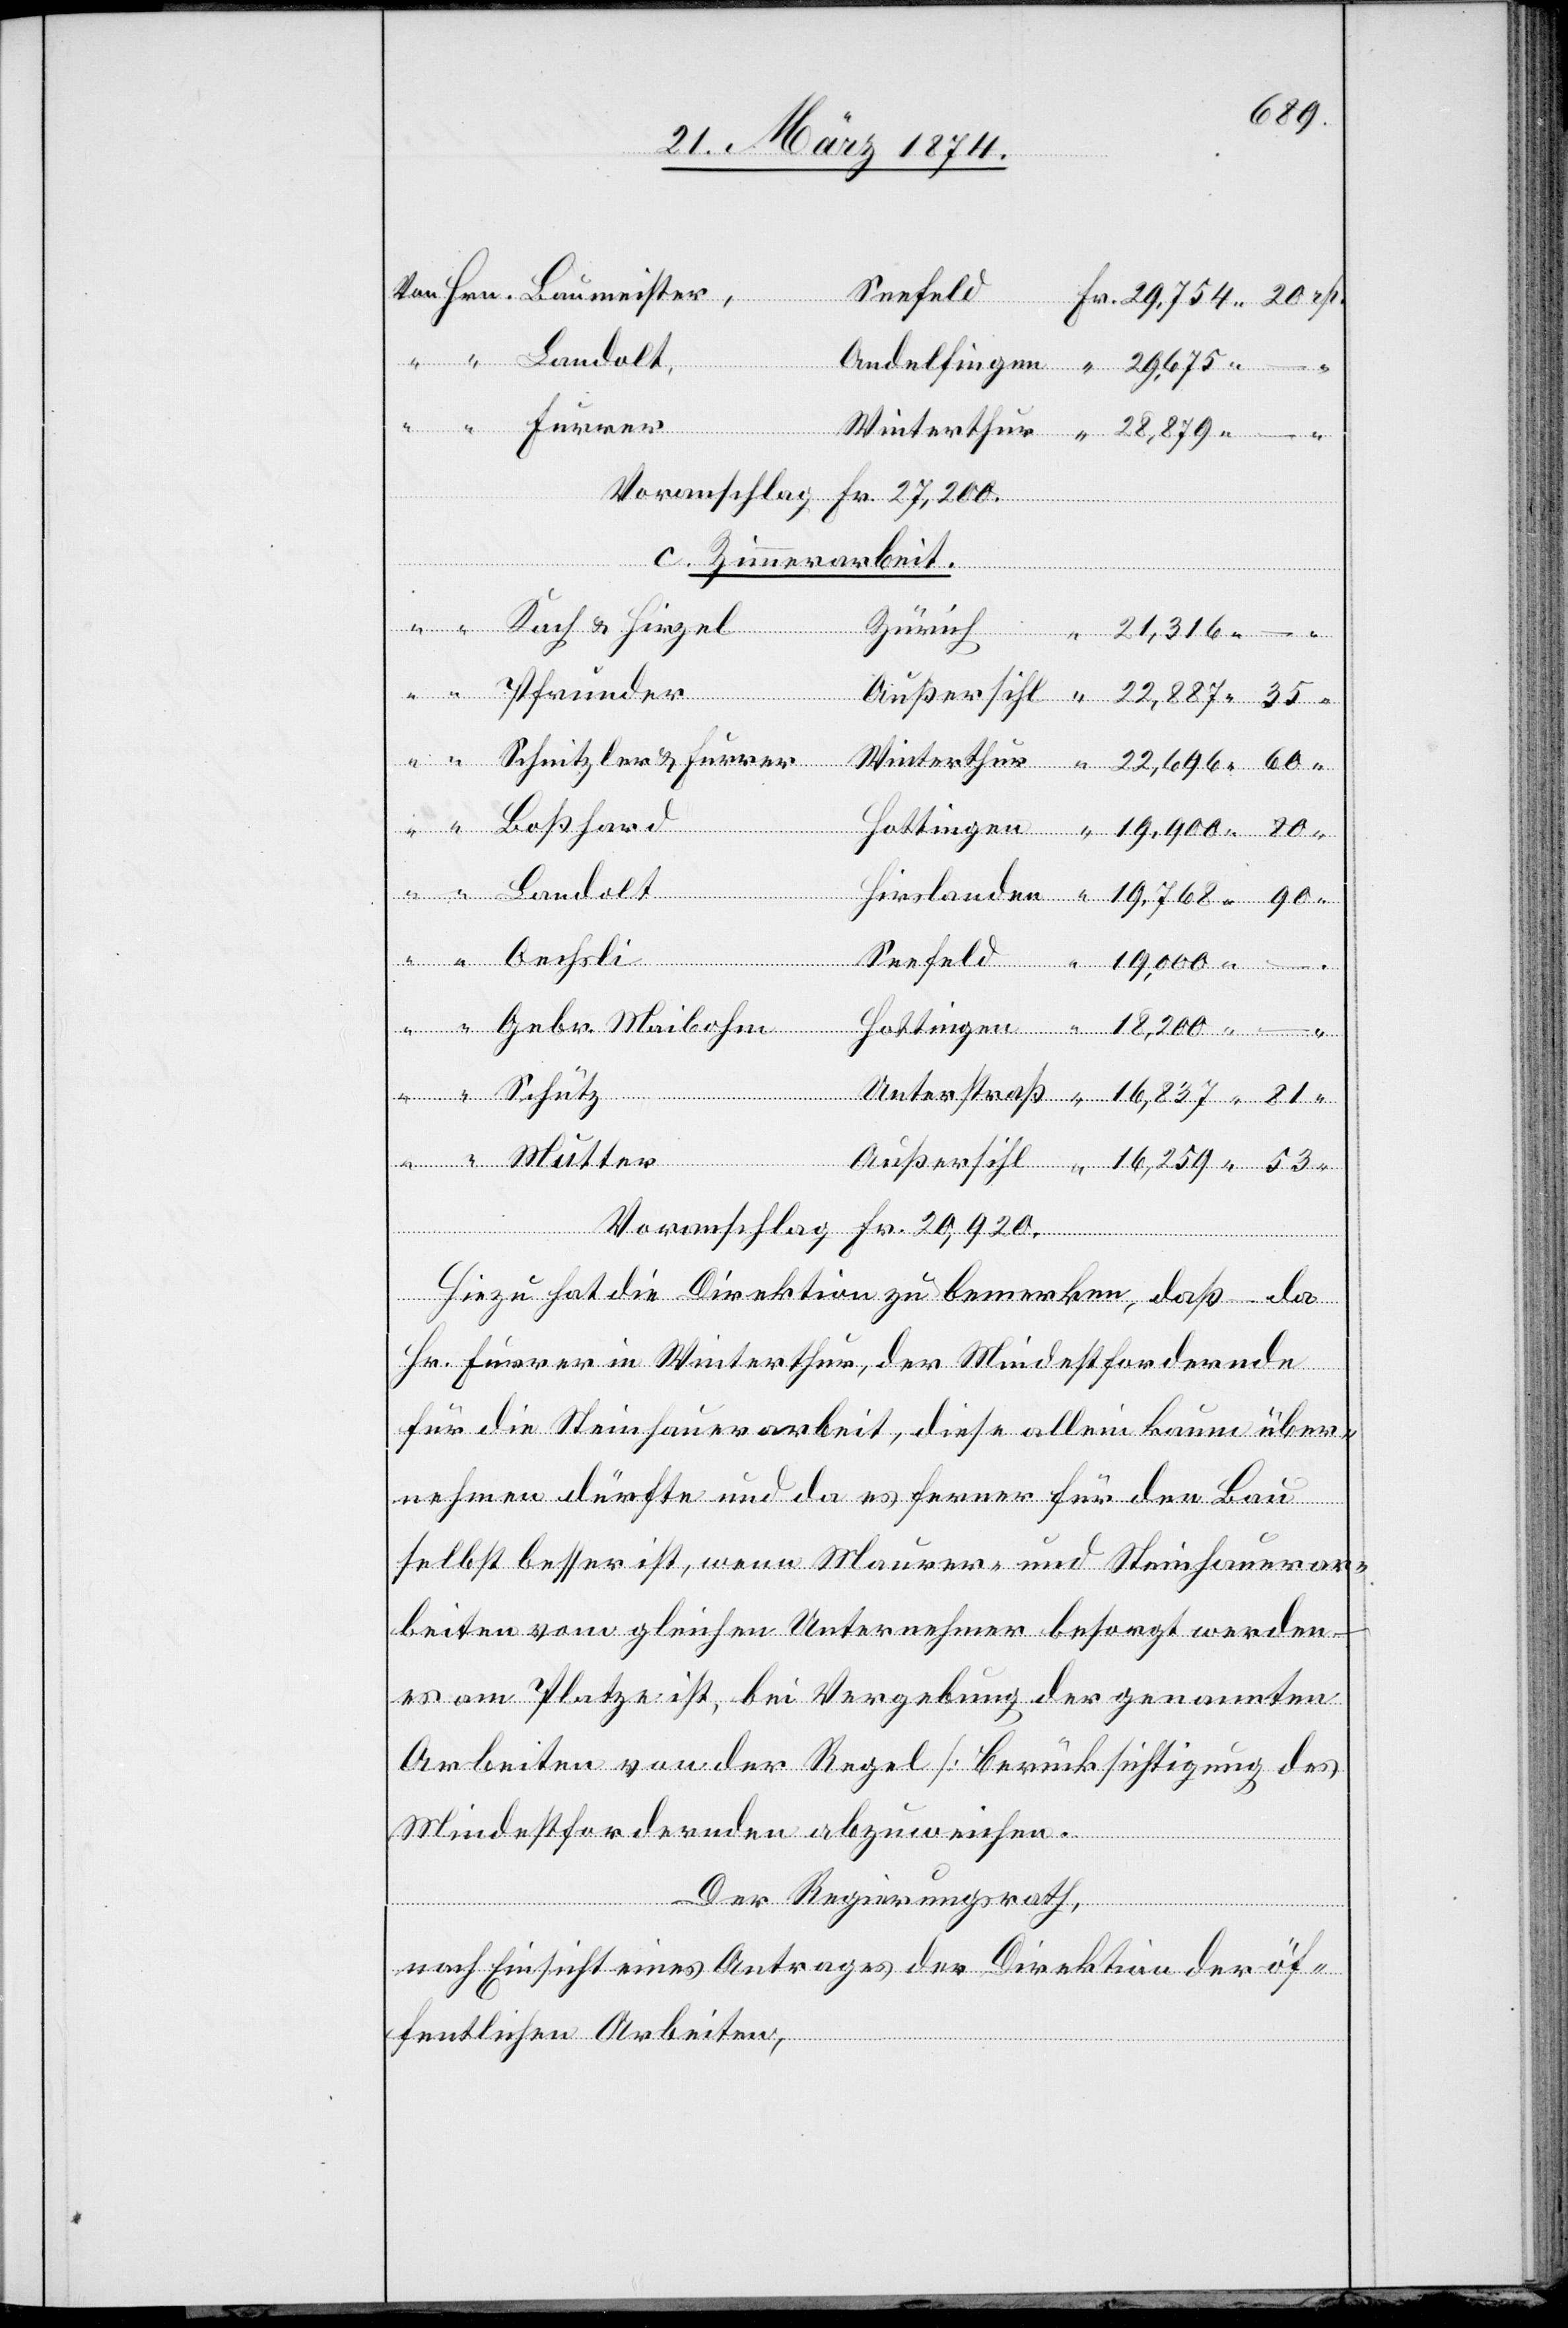
Seefeld
“
16,259.
Voranschlag Fr. 27,200.
von
C. Zimmerarbeit.
[von]
Außersihl
Gebr. Maibohm
Mutter
Voranschlag Fr. 20,920.
Hiezu hat die Direktion zu bemerken, daß – da
Hr. Furrer in Winterthur, der Mindestfordernde
für die Steinhauerarbeit, diese allein kaum über¬
nehmen dürfte und da es ferner für den Bau
selbst besser ist, wenn Maurer- und Steinhauerar¬
beiter vom gleichen Unternehmen besorgt werden
es am Platze ist, bei Vergebung der genannten
Arbeiten von der Regel [Berücksichtigung des
Mindestfordernden[]] abzuweichen.
Der Regierungsrath,
nach Einsicht eines Antrages der Direktion der öf¬
fentlichen Arbeiten,